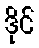
ဒိုင်